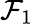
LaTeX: {\cal F}_{1}